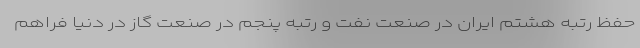
حفظ رتبه هشتم ایران در صنعت نفت و رتبه پنجم در صنعت گاز در دنیا فراهم